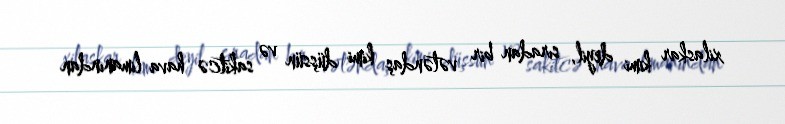
xilaskar kimi deyil, sıradan bir vətəndaş kimi düşsün və sakitcə hava limanından